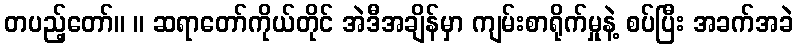
တပည့်တော်။ ။ ဆရာတော်ကိုယ်တိုင် အဲဒီအချိန်မှာ ကျမ်းစာရိုက်မှုနဲ့ စပ်ပြီး အခက်အခဲ